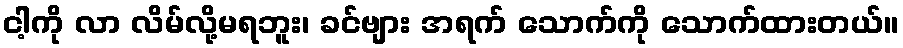
ငါ့ကို လာ လိမ်လို့မရဘူး၊ ခင်ဗျား အရက် သောက်ကို သောက်ထားတယ်။